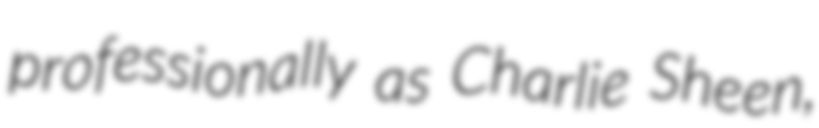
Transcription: professionally as Charlie Sheen,